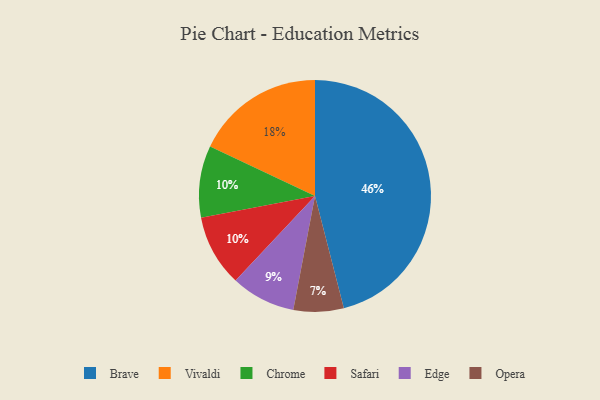
{"axis": {"x": "Category", "y": "Percentage"}, "legend": ["Brave", "Chrome", "Edge", "Opera", "Safari", "Vivaldi"], "data": [{"x": "Edge", "y": 9, "type": "Edge"}, {"x": "Vivaldi", "y": 18, "type": "Vivaldi"}, {"x": "Chrome", "y": 10, "type": "Chrome"}, {"x": "Safari", "y": 10, "type": "Safari"}, {"x": "Opera", "y": 7, "type": "Opera"}, {"x": "Brave", "y": 46, "type": "Brave"}]}